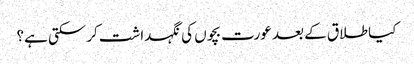
کیا طلاق کے بعد عورت بچوں‌ کی نگہداشت کرسکتی ہے؟